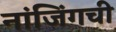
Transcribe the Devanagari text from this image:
नांजिंगची